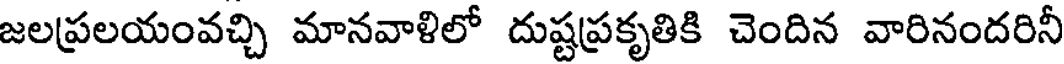
జలప్రలయంవచ్చి మానవాళిలో దుష్టప్రకృతికి చెందిన వారినందరినీ